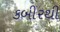
કબીરથી